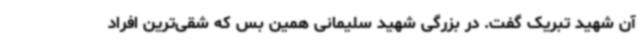
آن شهید تبریک گفت. در بزرگی شهید سلیمانی همین بس که شقی‌ترین افراد